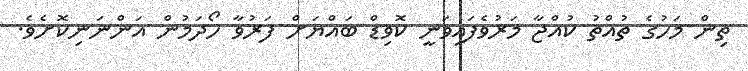
ތިން މަހުގެ ތުއްތު ކުއްޖާ މަރުވެފައިވަނީ ކޮވިޑް ބައްޔަށް ފަރުވާ ހޯދަމުން އަންނަނިކޮށެވެ.